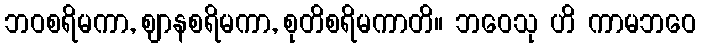
ဘဝစရိမကာ, ဈာနစရိမကာ, စုတိစရိမကာတိ။ ဘဝေသု ဟိ ကာမဘဝေ